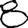
Digit: 8